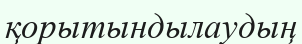
қорытындылаудың